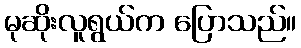
မုဆိုးလူရွယ်က ပြောသည်။